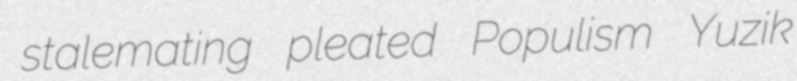
stalemating pleated Populism Yuzik